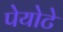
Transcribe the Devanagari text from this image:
पेयोटे